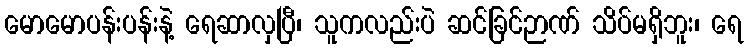
မောမောပန်းပန်းနဲ့ ရေဆာလှပြီ၊ သူကလည်းပဲ ဆင်ခြင်ဉာဏ် သိပ်မရှိဘူး၊ ရေ